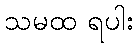
သမထ ရပါး